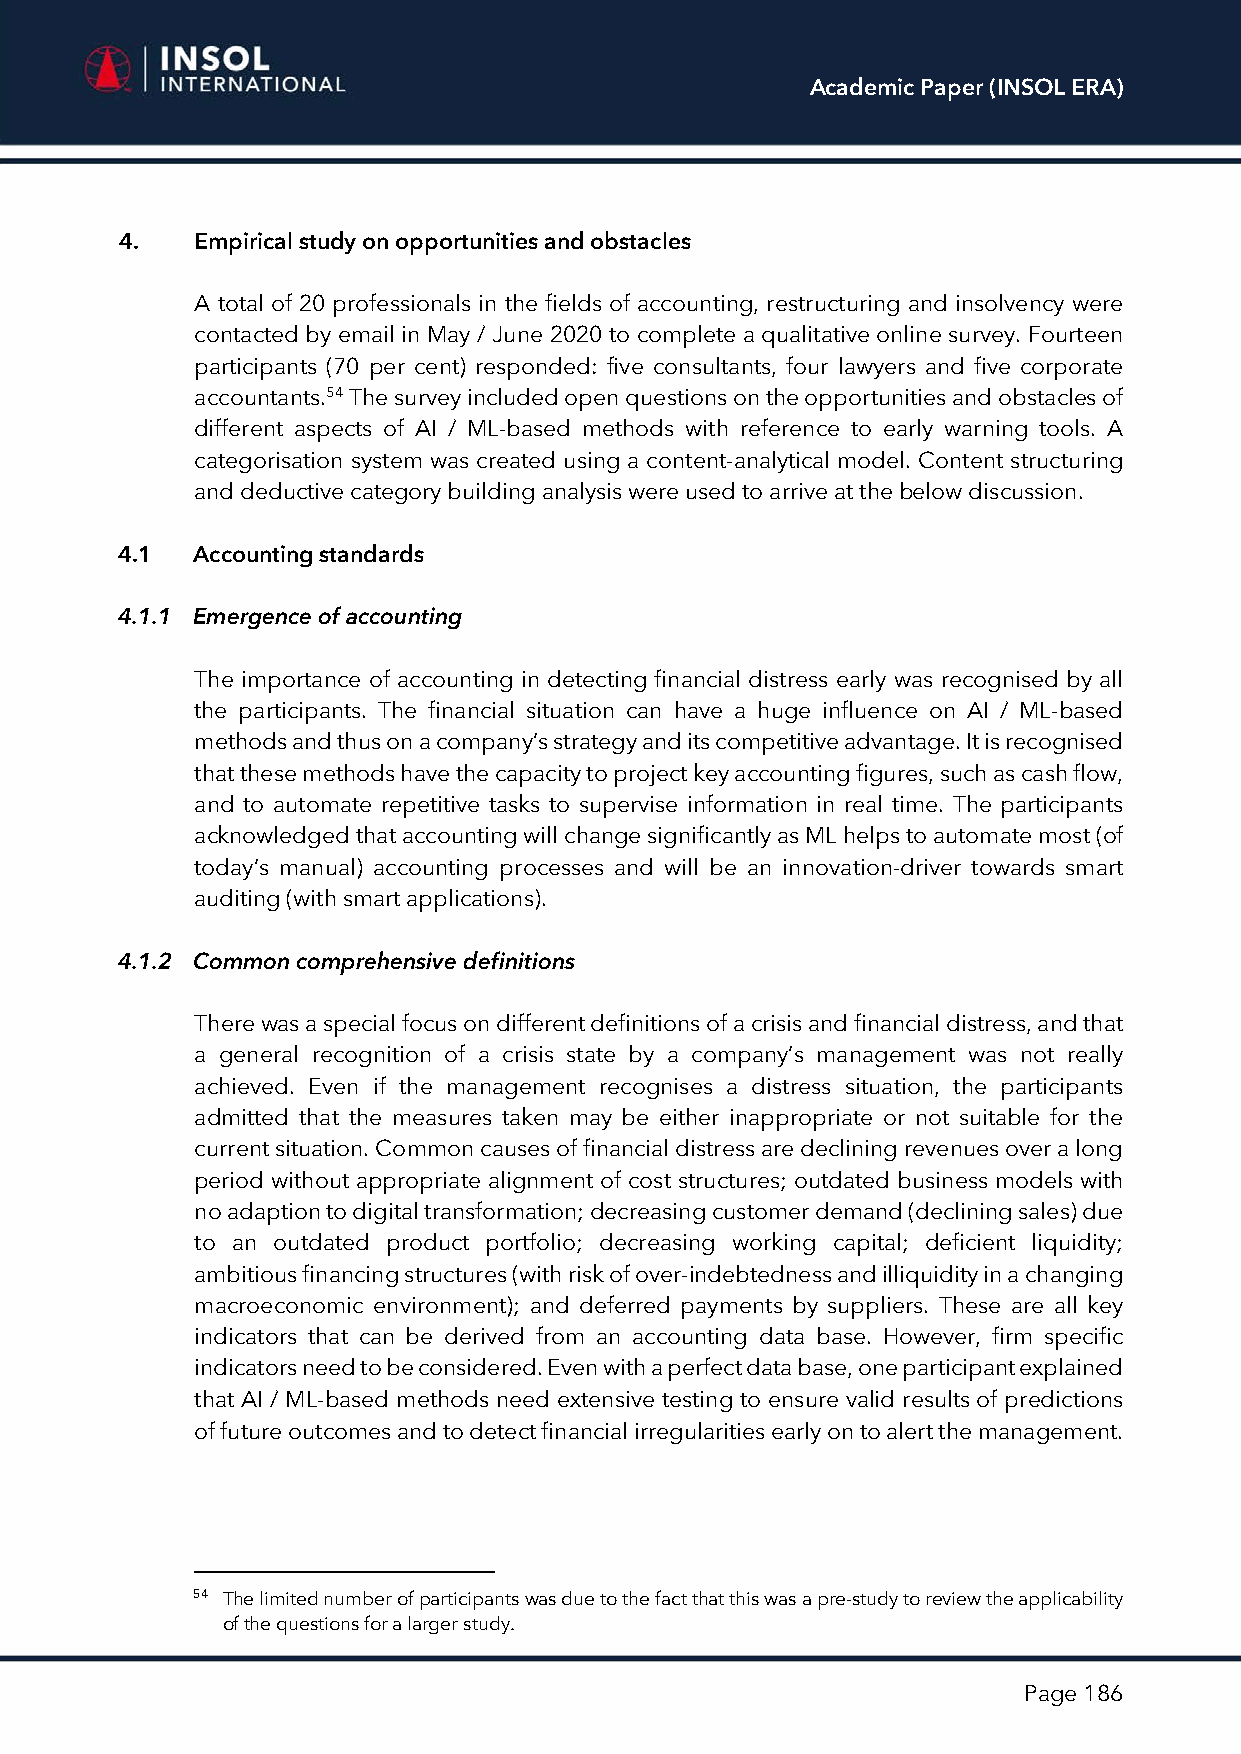
Academic Paper (INSOL ERA)
 4.   Empirical study on opportunities and obstacles
 A total of 20 professionals in the fields of accounting, restructuring and insolvency were
 contacted by email in May / June 2020 to complete a qualitative online survey. Fourteen
 participants (70 per cent) responded: five consultants, four lawyers and five corporate
 accountants.54 The survey included open questions on the opportunities and obstacles of
 different aspects of AI / ML-based methods with reference to early warning tools. A
 categorisation system was created using a content-analytical model. Content structuring
 and deductive category building analysis were used to arrive at the below discussion.
 4.1  Accounting standards
 4.1.1 Emergence of accounting
 The importance of accounting in detecting financial distress early was recognised by all
 the participants. The financial situation can have a huge influence on AI / ML-based
 methods and thus on a company’s strategy and its competitive advantage. It is recognised
 that these methods have the capacity to project key accounting figures, such as cash flow,
 and to automate repetitive tasks to supervise information in real time. The participants
 acknowledged that accounting will change significantly as ML helps to automate most (of
 today’s manual) accounting processes and will be an innovation-driver towards smart
 auditing (with smart applications).
 4.1.2 Common comprehensive definitions
 There was a special focus on different definitions of a crisis and financial distress, and that
 a general recognition of a crisis state by a company’s management was not really
 achieved. Even if the management recognises a distress situation, the participants
 admitted that the measures taken may be either inappropriate or not suitable for the
 current situation. Common causes of financial distress are declining revenues over a long
 period without appropriate alignment of cost structures; outdated business models with
 no adaption to digital transformation; decreasing customer demand (declining sales) due
 to an outdated product portfolio; decreasing working capital; deficient liquidity;
 ambitious financing structures (with risk of over-indebtedness and illiquidity in a changing
 macroeconomic environment); and deferred payments by suppliers. These are all key
 indicators that can be derived from an accounting data base. However, firm specific
 indicators need to be considered. Even with a perfect data base, one participant explained
 that AI / ML-based methods need extensive testing to ensure valid results of predictions
 of future outcomes and to detect financial irregularities early on to alert the management.
 54 The limited number of participants was due to the fact that this was a pre-study to review the applicability
 of the questions for a larger study.
 Page 186